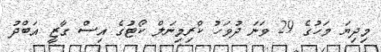
މިދިޔަ މަހުގެ 29 ވަނަ ދުވަހު ކްރިމިނަލް ކޯޓުގެ އިސް ގާޒީ އަބްދު